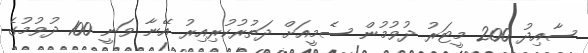
ސާއިދު 200 މީޓަރު ދުވުމުން ސެމީއަށް ދަތުރުކުރިއިރު އޭނާ ވަނީ 100 ދުވުމުގެ